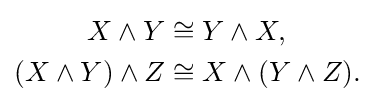
{\begin{aligned}X\wedge Y&\cong Y\wedge X,\\(X\wedge Y)\wedge Z&\cong X\wedge (Y\wedge Z).\end{aligned}}